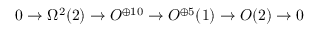
0 \rightarrow \Omega ^ { 2 } ( 2 ) \rightarrow { \cal O } ^ { \oplus 1 0 } \rightarrow { \cal O } ^ { \oplus 5 } ( 1 ) \rightarrow { \cal O } ( 2 ) \rightarrow 0